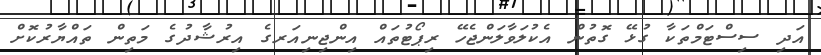
އަދި ސިސްޓަމްތަކާ ގުޅޭ ގޮތުން އެކުލަވާލަންޖެހޭ ރިޕޯޓުތައް އިންޖިނިއަރގެ އިރުޝާދުގެ މަތިން ތައްޔާރުކޮށް